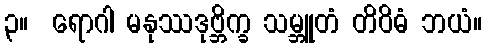
၃။  ရောဂါ မနုဿဒုဗ္ဘိက္ခ သမ္ဘူတံ တိဝိဓံ ဘယံ။